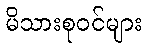
မိသားစုဝင်များ